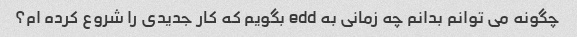
چگونه می توانم بدانم چه زمانی به edd بگویم که کار جدیدی را شروع کرده ام؟